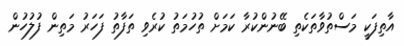
އާތިފަކީ މަސްތުވާތަކެތި ބޭނުންކުރާ ކަމަށް ތުހުމަތު ކުރެވި ތަފާތު ފަހަރު މަތިން ފުލުހުން